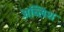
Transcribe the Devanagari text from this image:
अब्लिश